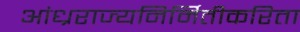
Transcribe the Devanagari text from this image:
आंध्रराज्यनिर्मितीकरिता